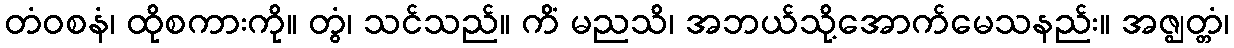
တံဝစနံ၊ ထိုစကားကို။ တွံ၊ သင်သည်။ ကိံ မညသိ၊ အဘယ်သို့အောက်မေသနည်း။ အဇ္ဈတ္တံ၊